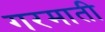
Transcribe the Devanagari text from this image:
गरमाती